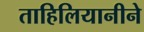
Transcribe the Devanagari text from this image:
ताहिलियानीने